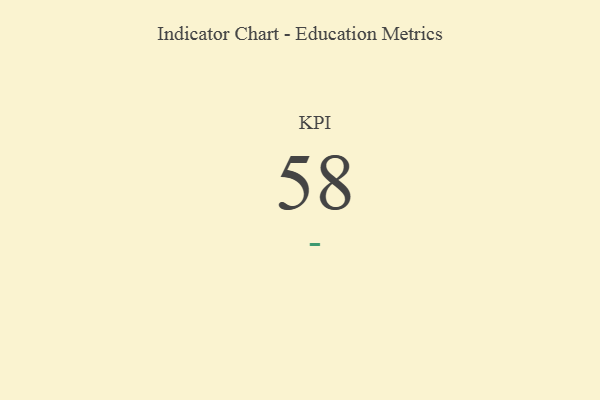
{"axis": {"x": "KPI", "y": "Value"}, "legend": [""], "data": [{"x": "KPI", "y": 58, "type": ""}]}